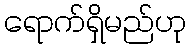
ရောက်ရှိမည်ဟု